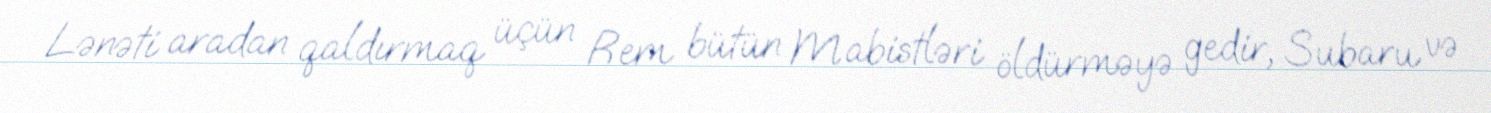
Lənəti aradan qaldırmaq üçün Rem bütün Mabistləri öldürməyə gedir, Subaru və